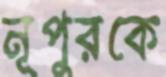
নূপুরকে